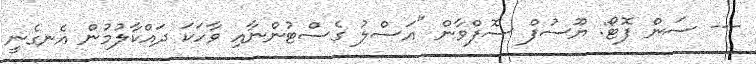
--- ސަން ފޮޓޯ: ޔޫސުފް ސޮފްވާން "އަސްލު ގެސްޓުންނާއި ވާހަކަ ދައްކާލުމުން އެނގެނީ